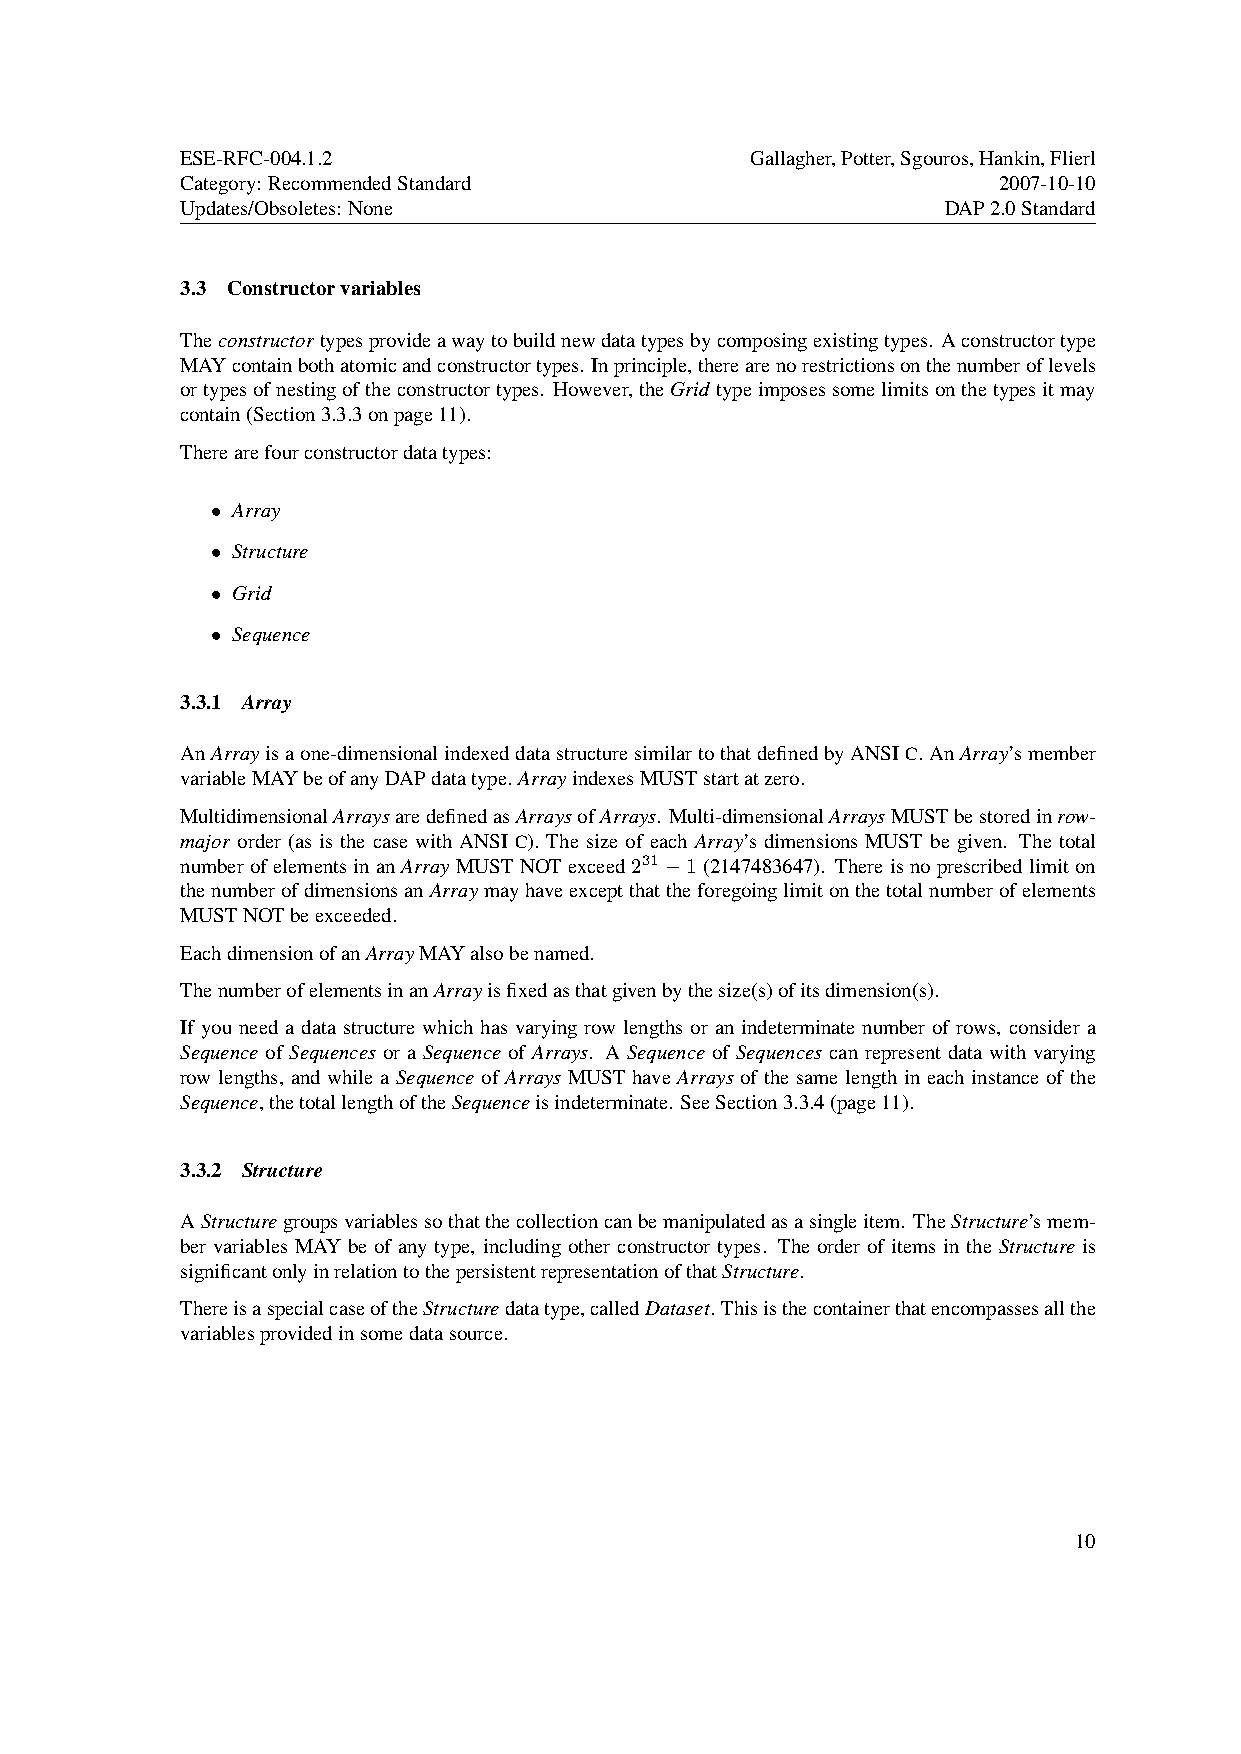
ESE-RFC-004.1.2                       Gallagher,Potter,Sgouros,Hankin,Flierl
 Category: RecommendedStandard                         2007-10-10
 Updates/Obsoletes: None                            DAP2.0Standard
 3.3 Constructorvariables
 Theconstructortypesprovideawaytobuildnewdatatypesbycomposingexistingtypes. Aconstructortype
 MAYcontainbothatomicandconstructortypes. Inprinciple,therearenorestrictionsonthenumberoflevels
 ortypesofnestingoftheconstructortypes. However,theGrid typeimposessomelimitsonthetypesitmay
 contain(Section3.3.3onpage11).
 Therearefourconstructordatatypes:
 • Array
 • Structure
 • Grid
 • Sequence
 3.3.1 Array
 AnArrayisaone-dimensionalindexeddatastructuresimilartothatdefinedbyANSIC.AnArray’smember
 variableMAYbeofanyDAPdatatype. ArrayindexesMUSTstartatzero.
 MultidimensionalArraysaredefinedasArraysofArrays. Multi-dimensionalArraysMUSTbestoredinrow-
 major order (as is the case with ANSI C). The size of each Array’s dimensions MUST be given. The total
 numberofelementsinanArrayMUSTNOTexceed231 −1(2147483647). Thereisnoprescribedlimiton
 thenumberofdimensionsanArraymayhaveexceptthattheforegoinglimitonthetotalnumberofelements
 MUSTNOTbeexceeded.
 EachdimensionofanArrayMAYalsobenamed.
 ThenumberofelementsinanArrayisfixedasthatgivenbythesize(s)ofitsdimension(s).
 If you need a data structure which has varying row lengths or an indeterminate number of rows, consider a
 Sequence of Sequences or a Sequence of Arrays. A Sequence of Sequences can represent data with varying
 row lengths, and while a Sequence of Arrays MUST have Arrays of the same length in each instance of the
 Sequence,thetotallengthoftheSequenceisindeterminate. SeeSection3.3.4(page11).
 3.3.2 Structure
 AStructuregroupsvariablessothatthecollectioncanbemanipulatedasasingleitem. TheStructure’smem-
 ber variables MAY be of any type, including other constructor types. The order of items in the Structure is
 significantonlyinrelationtothepersistentrepresentationofthatStructure.
 ThereisaspecialcaseoftheStructuredatatype,calledDataset. Thisisthecontainerthatencompassesallthe
 variablesprovidedinsomedatasource.
 10